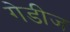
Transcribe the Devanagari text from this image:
गेडीज